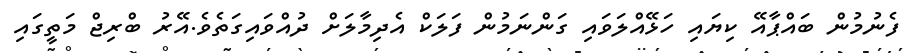
ފެނުމުން ބައްޕާއޭ ކިޔައި ހަޅޭއްލަވައި ގަންނަމުން ފަލަކް އެދިމާލަށް ދުއްވައިގަތެވެ.އޭރު ބްރިޖް މަތީގައި